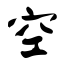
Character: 空